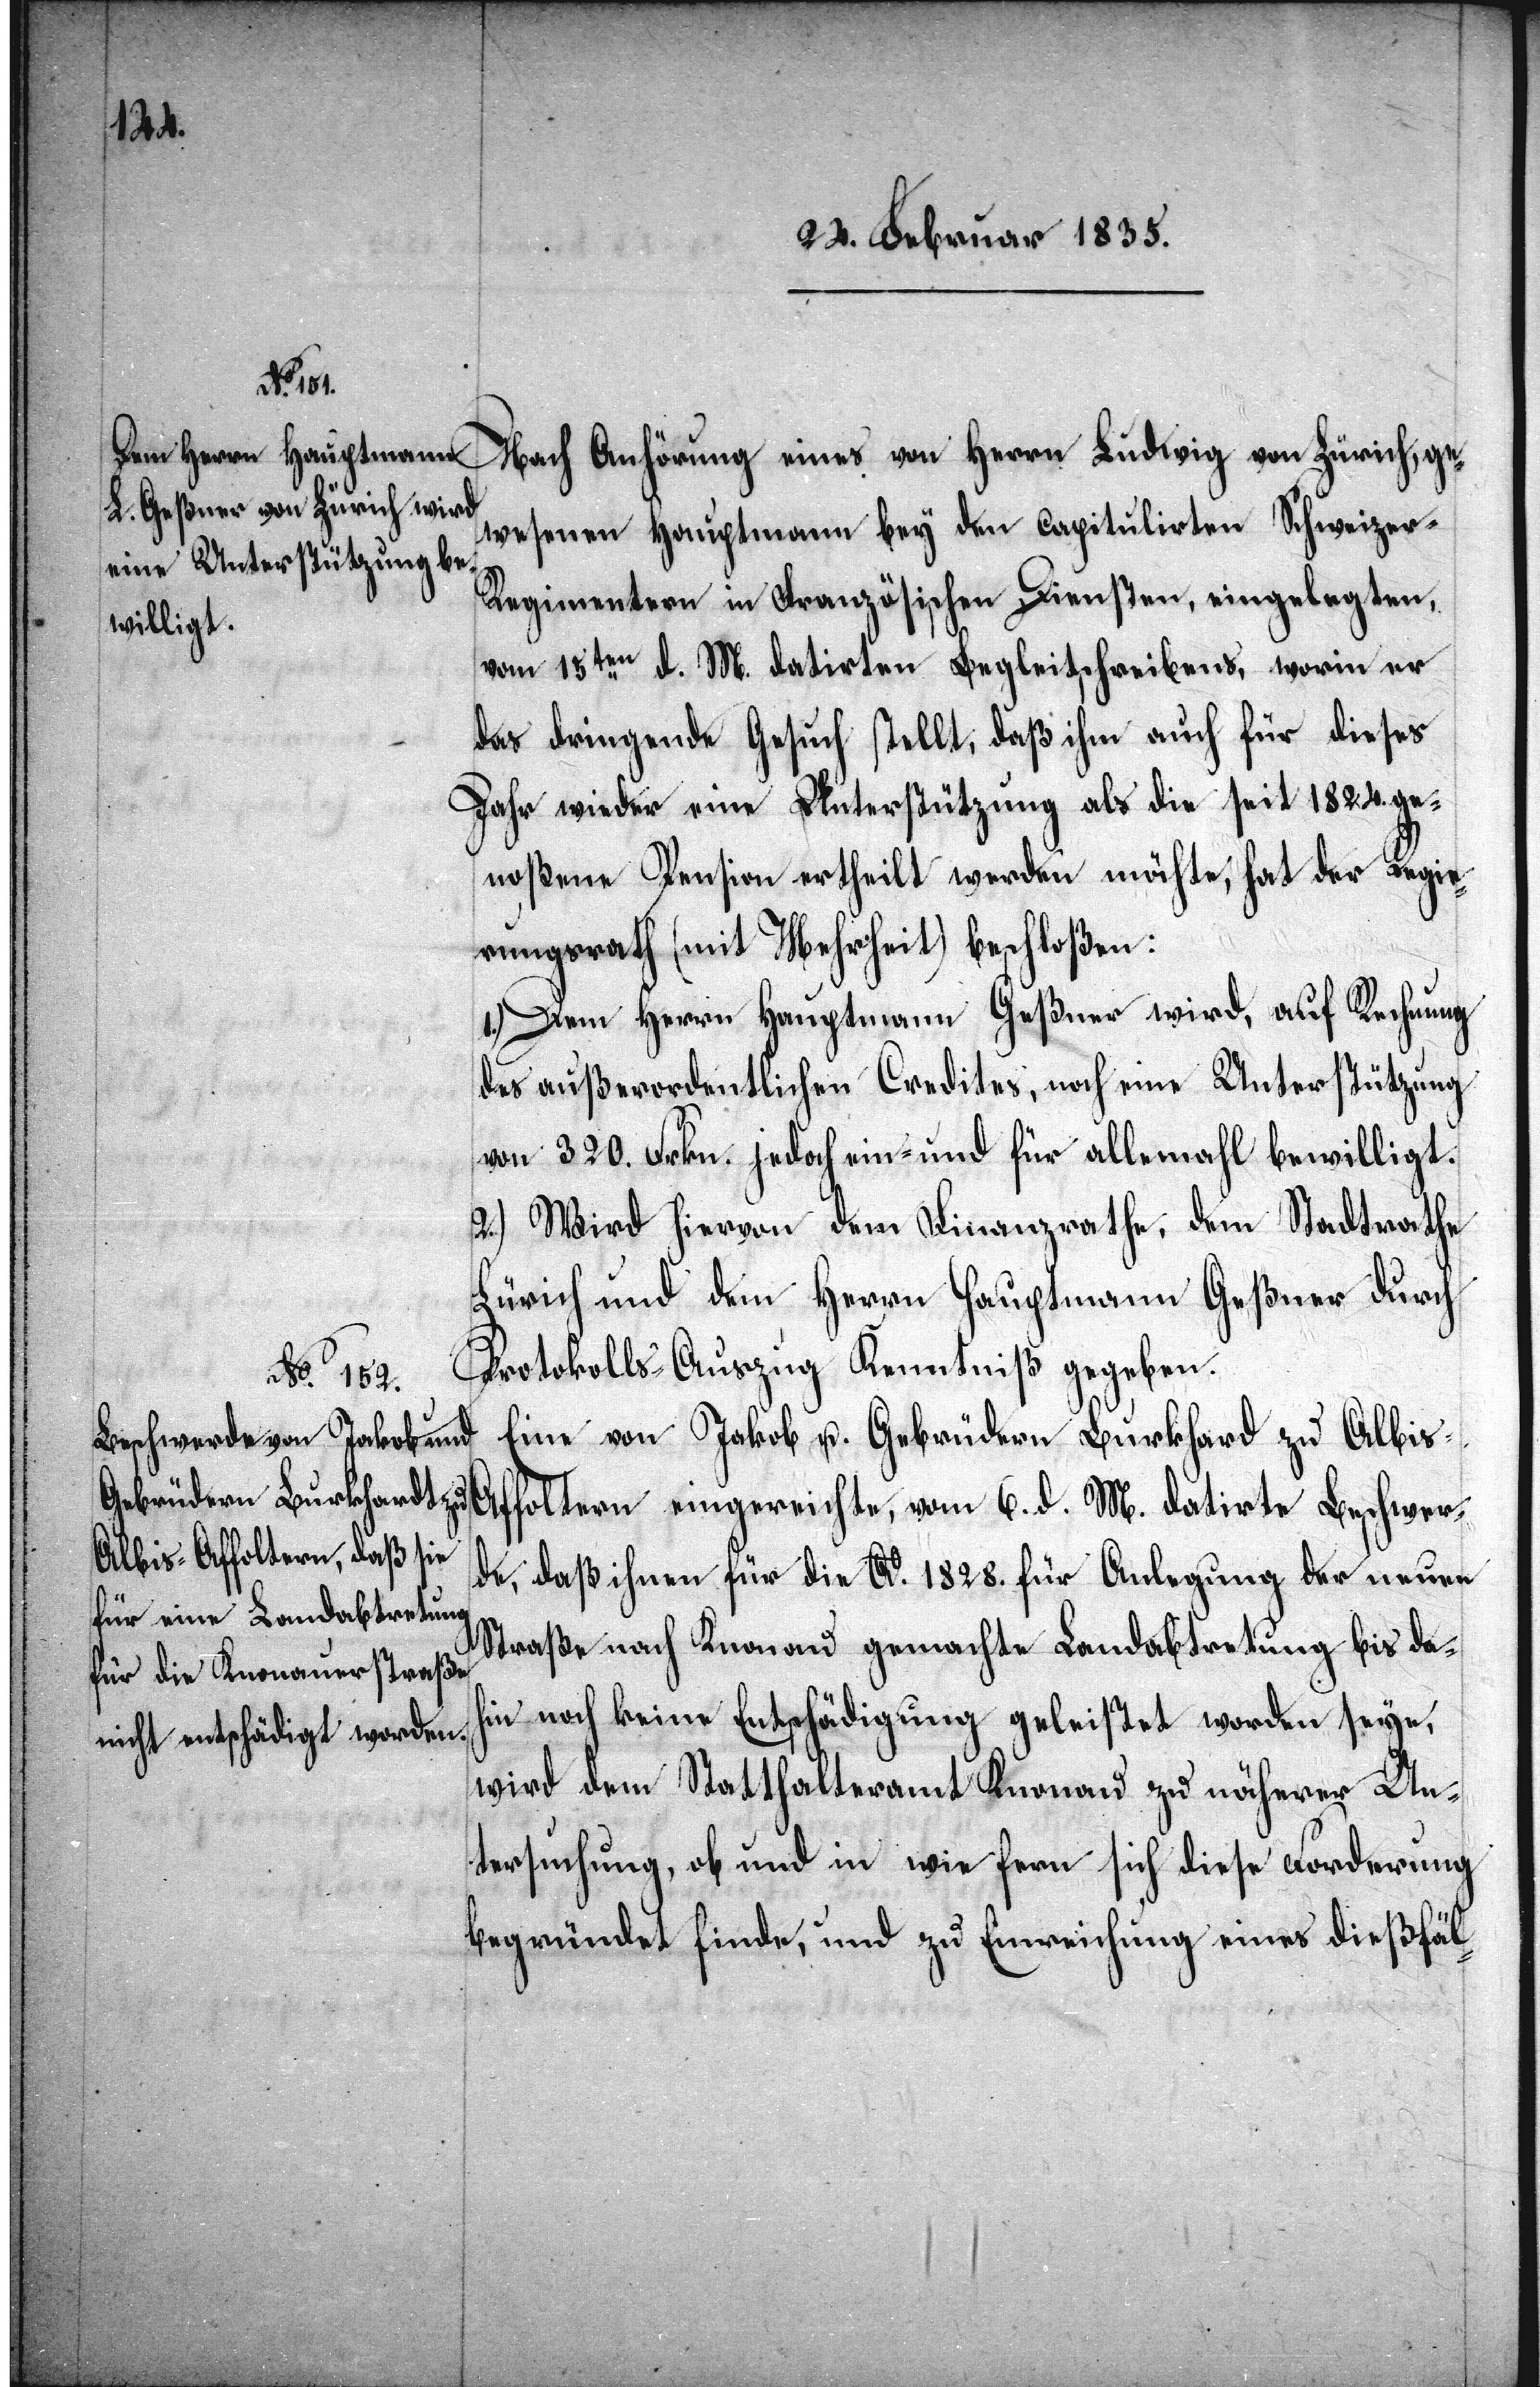
Nach Anhörung eines von Herrn Ludwig von Zürich, ge¬
wesenen Hauptmann bey den capitulirten Schweizer-R¬
egimentern in Französischen Diensten, eingelegten,
vom 15ten d. M. datirten Begleitschreibens, worin er
das dringende Gesuch stellt, daß ihm auch für dieses
Jahr wieder eine Unterstützung als die seit 1824. ge¬
noßene Pension ertheilt werden möchte, hat der Regie¬
rungsrath (mit Mehrheit) beschloßen:
1.) Dem Herrn Hauptmann Geßner wird, auf Rechnung
des außerordentlichen Credites, noch eine Unterstützung
von 320. Frkn. jedoch ein- und für allemahl bewilligt.
2.) Wird hiervon dem Finanzrathe, dem Stadtrathe
Zürich und dem Herrn Hauptmann Geßner durch
Protokolls-Auszug Kenntniß gegeben.
Eine von Jakob u. Gebrüdern Burkhard zu Albi¬
s-Affoltern eingereichte, vom 6. d. M. datirte Beschwer¬
de, daß ihnen für die Ao. 1828. für Anlegung der neuen
Straße nach Knonau gemachte Landabtretung bis da¬
hin noch keine Entschädigung geleistet worden seye,
wird dem Statthalteramt Knonau zu näherer Un¬
tersuchung, ob und in wie fern sich diese Forderung
begründet finde, und zu Einreichung eines dießfäl-